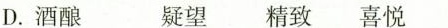
D.酒酿 疑望 精致 喜悦